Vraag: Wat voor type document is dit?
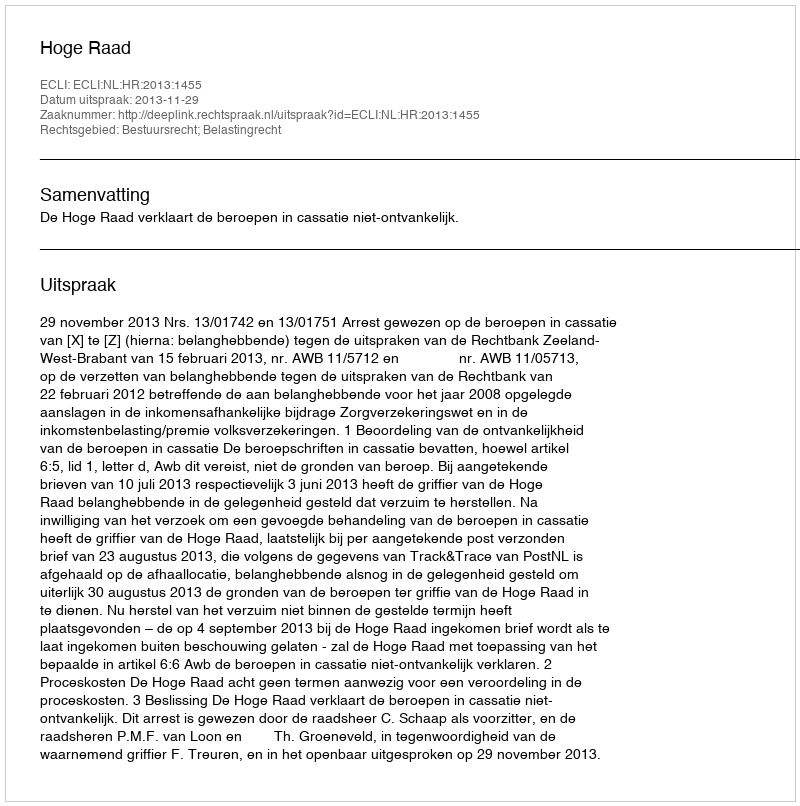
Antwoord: Uitspraak